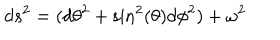
d s ^ { 2 } = ( d { \theta } ^ { 2 } + \sin ^ { 2 } ( \theta ) d { \phi } ^ { 2 } ) + { \omega } ^ { 2 }